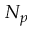
N _ { p }